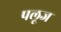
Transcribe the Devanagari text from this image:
पलूज